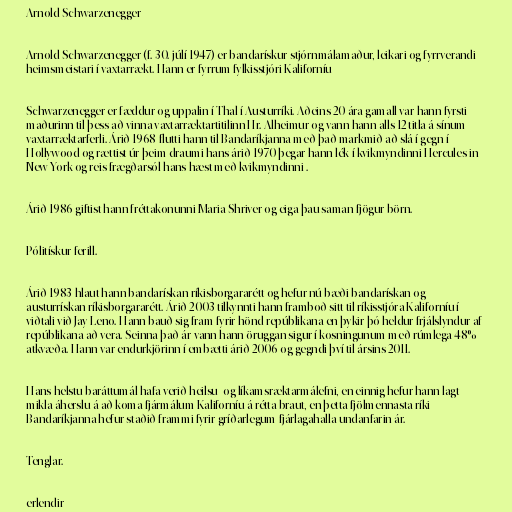
Arnold Schwarzenegger

Arnold Schwarzenegger (f. 30. júlí 1947) er bandarískur stjórnmálamaður, leikari og fyrrverandi
heimsmeistari í vaxtarrækt. Hann er fyrrum fylkisstjóri Kaliforníu

Schwarzenegger er fæddur og uppalin í Thal í Austurríki. Aðeins 20 ára gamall var hann fyrsti
maðurinn til þess að vinna vaxtarræktartitilinn Hr. Alheimur og vann hann alls 12 titla á sínum
vaxtarræktarferli. Árið 1968 flutti hann til Bandaríkjanna með það markmið að slá í gegn í
Hollywood og rættist úr þeim draumi hans árið 1970 þegar hann lék í kvikmyndinni Hercules in
New York og reis frægðarsól hans hæst með kvikmyndinni .

Árið 1986 giftist hann fréttakonunni Maria Shriver og eiga þau saman fjögur börn.

Pólitískur ferill.

Árið 1983 hlaut hann bandarískan ríkisborgararétt og hefur nú bæði bandarískan og
austurrískan ríkisborgararétt. Árið 2003 tilkynnti hann framboð sitt til ríkisstjóra Kaliforníu í
viðtali við Jay Leno. Hann bauð sig fram fyrir hönd repúblikana en þykir þó heldur frjálslyndur af
repúblikana að vera. Seinna það ár vann hann öruggan sigur í kosningunum með rúmlega 48%
atkvæða. Hann var endurkjörinn í embætti árið 2006 og gegndi því til ársins 2011.

Hans helstu baráttumál hafa verið heilsu- og líkamsræktarmálefni, en einnig hefur hann lagt
mikla áherslu á að koma fjármálum Kaliforníu á rétta braut, en þetta fjölmennasta ríki
Bandaríkjanna hefur staðið frammi fyrir gríðarlegum fjárlagahalla undanfarin ár.

Tenglar.

erlendir